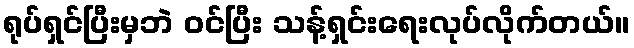
ရုပ်ရှင်ပြီးမှဘဲ ဝင်ပြီး သန့်ရှင်းရေးလုပ်လိုက်တယ်။